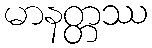
မာနတ္တဿ